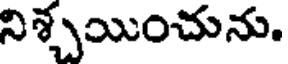
నిశ్చయించును.